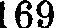
169